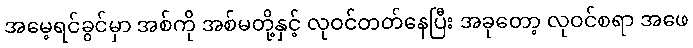
အမေ့ရင်ခွင်မှာ အစ်ကို အစ်မတို့နှင့် လုဝင်တတ်နေပြီး အခုတော့ လုဝင်စရာ အဖေ